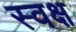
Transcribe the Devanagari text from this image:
स्वक्ष